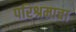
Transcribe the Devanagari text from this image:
परिश्रमाचा